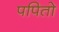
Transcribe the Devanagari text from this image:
पपितो